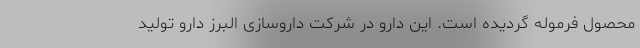
محصول فرموله گردیده است. این دارو در شرکت داروسازی البرز دارو تولید